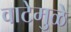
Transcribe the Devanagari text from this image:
वाटेमुळे